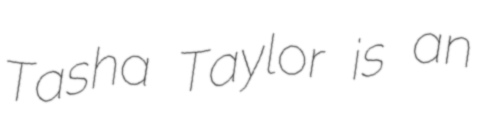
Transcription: Tasha Taylor is an